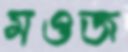
মওজ